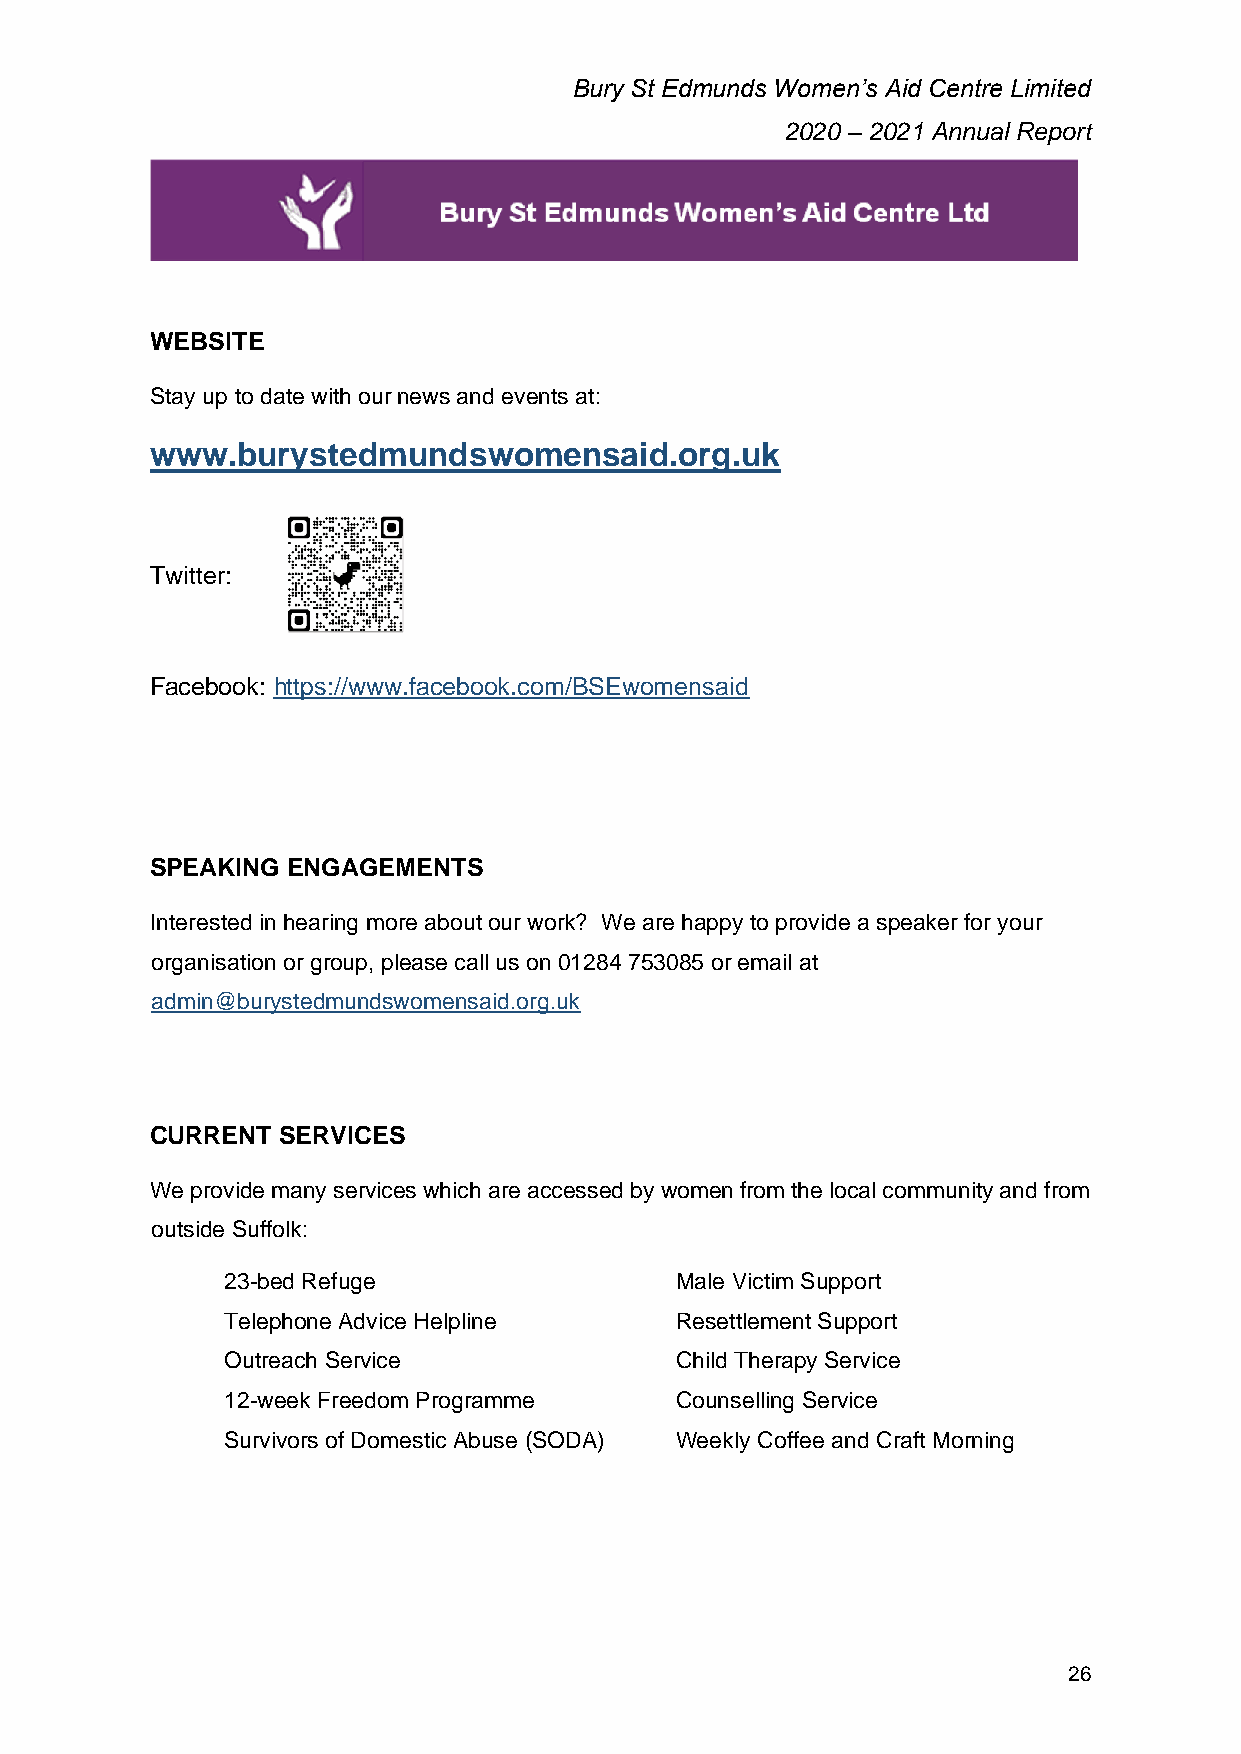
Bury St Edmunds Women’s Aid Centre Limited
 2020 – 2021 Annual Report
 WEBSITE
 Stay up to date with our news and events at:
 www.burystedmundswomensaid.org.uk
 Twitter:
 Facebook: https://www.facebook.com/BSEwomensaid
 SPEAKING ENGAGEMENTS
 Interested in hearing more about our work? We are happy to provide a speaker for your
 organisation or group, please call us on 01284 753085 or email at
 admin@burystedmundswomensaid.org.uk
 CURRENT  SERVICES
 We provide many services which are accessed by women from the local community and from
 outside Suffolk:
 23-bed Refuge                 Male Victim Support
 Telephone Advice Helpline     Resettlement Support
 Outreach Service              Child Therapy Service
 12-week Freedom Programme     Counselling Service
 Survivors of Domestic Abuse (SODA) Weekly Coffee and Craft Morning
 26